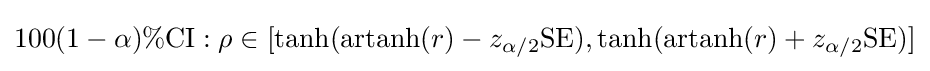
100(1-\alpha )\%{\text{CI}}:\rho \in [\tanh(\operatorname {artanh} (r)-z_{\alpha /2}{\text{SE}}),\tanh(\operatorname {artanh} (r)+z_{\alpha /2}{\text{SE}})]